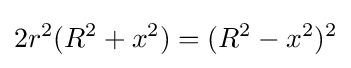
\displaystyle 2r^{2}(R^{2}+x^{2})=(R^{2}-x^{2})^{2}